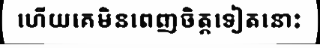
ហើយគេមិនពេញចិត្តទៀតនោះ